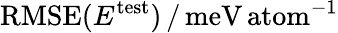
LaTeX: \mathrm{RMSE}(E^{\mathrm{test}})\, /\, \mathrm{meV\, atom}^{-1}